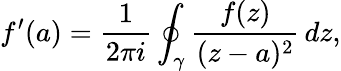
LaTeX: f^{\prime}(a)={\frac{1}{2\pi i}}\oint_{\gamma}{\frac{f(z)}{(z-a)^{2}}}\, dz,